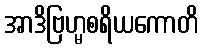
အာဒိဗြဟ္မစရိယကောတိ